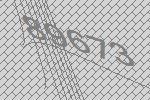
89673